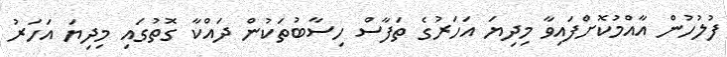
ފުލުހުން އާއްމުކޮށްފައިވާ މިދިޔަ އަހަރުގެ ތަފާސް ހިސާބުތަކުން ދައްކާ ގޮތުގައި މިދިޔަ އަހަރު